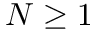
N \ge 1